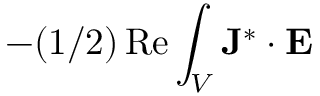
- ( 1 / 2 ) \operatorname { R e } \int _ { V } \mathbf { J } ^ { * } \cdot \mathbf { E }